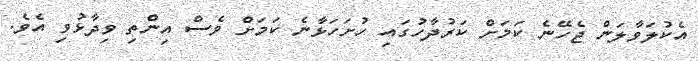
އެކުލަވާލަން ޖެހޭނެ ކަމަށް ކަރުދާހުގައި ހުށަހަޅާނެ ކަމަށް ވެސް އިންތި ވިދާޅުވި އެވެ.